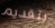
بتقديم